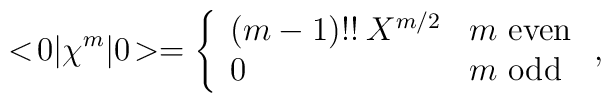
<\!0|\chi^m|0\!> = \left\{ \begin{array}{ll}  	(m-1)!! \: X^{m/2} & \mbox{$m$ even} \\	0		& \mbox{$m$ odd}		\end{array} \right. ,